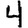
Digit: 4